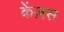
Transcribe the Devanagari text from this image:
केंज़स